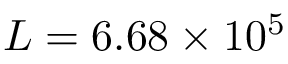
L = 6 . 6 8 \times 1 0 ^ { 5 }